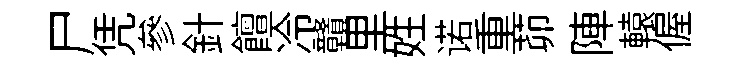
尸凭參針饘冷贛里姓诺重茆陣轅偓